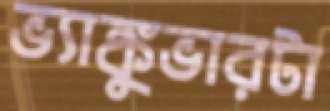
ভ্যাঙ্কুভারটা